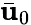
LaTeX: \bar{\mathbf u}_{0}